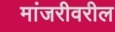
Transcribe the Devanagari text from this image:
मांजरीवरील